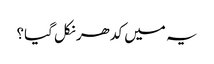
یہ میں کدھر نکل گیا؟